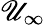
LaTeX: \mathscr{U}_{\infty}